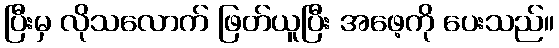
ပြီးမှ လိုသလောက် ဖြတ်ယူပြီး အဖေ့ကို ပေးသည်။